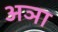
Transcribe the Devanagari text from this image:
अञा